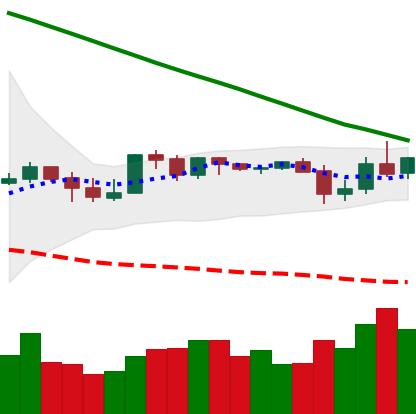
Ticker: XLM-USD
Chart end date: 2019-10-27
Forward return: 7.313%
Label: up_7plus